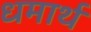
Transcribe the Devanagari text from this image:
धमार्थ